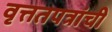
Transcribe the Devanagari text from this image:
वृत्ततपत्रांची